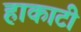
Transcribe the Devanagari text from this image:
हाकाटी